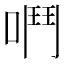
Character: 𫫅